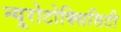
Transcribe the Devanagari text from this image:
न्यूरोटोक्सिसिटी